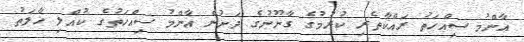
އާންމު ސިއްހަތު ރައްކާތެރި ކުރުމުގެ ގާނޫނުގެ ދަށުން އާންމު ސިއްހަތުގެ ކުއްލި ހާލަތު